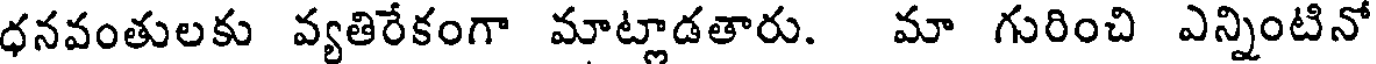
ధనవంతులకు వ్యతిరేకంగా మాట్లాడతారు. మా గురించి ఎన్నింటినో